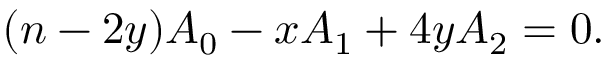
( n - 2 y ) A _ { 0 } - x A _ { 1 } + 4 y A _ { 2 } = 0 .